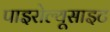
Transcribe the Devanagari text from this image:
पाइरोल्यूसाइट